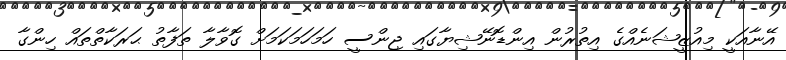
އޭނާއަކީ މިއުޒީޝަނެއްގެ އިތުރުން އިންޑޮނޭޝިޔާގައި ޖިންސީ ހަމަހަމަކަމަށް ގޮވާލާ ތަފާތު ޙަރަކާތްތައް ހިންގާ